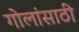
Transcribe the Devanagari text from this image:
गोलांसाठी